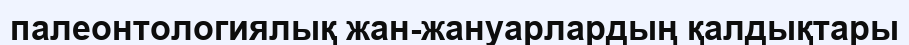
палеонтологиялық жан-жануарлардың қалдықтары